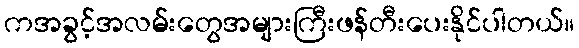
ကအခွင့်အလမ်းတွေအများကြီးဖန်တီးပေးနိုင်ပါတယ်။